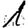
Digit: 1